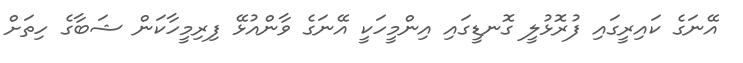
އޭނަގެ ކައިރީގައި ފުރޮޅުލީ ގޮނޑީގައި އިންމީހަކީ އޭނަގެ ވާންއުޅޭ ފިރިމީހާކަން ޝަބާގެ ހިތަށް